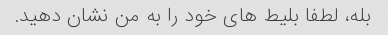
بله، لطفا بلیط های خود را به من نشان دهید.